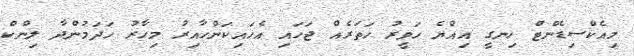
މިއެކްސިޑެންޓް ހިނގީ އިއްޔެ ހަވީރު ހަތަރެއް ޖަހައި އެހައިކަންހާއިރު މިހާރު ހަދަމުންދާ ލިންކް